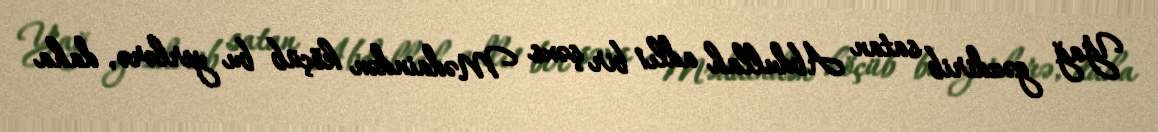
Yağ gəzdirib satan Abdullah adlı1 bir şəxs Mədaindən köçüb bu yerlərə, daha